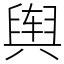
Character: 舆